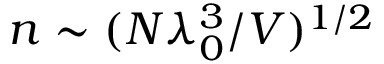
n \sim ( N \lambda _ { 0 } ^ { 3 } / V ) ^ { 1 / 2 }